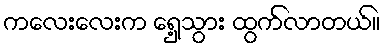
ကလေးလေးက ရှေ့သွား ထွက်လာတယ်။